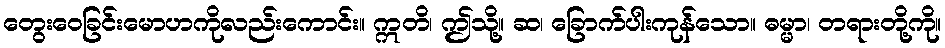
တွေးဝေခြင်းမောဟကိုလည်းကောင်း။ ဣတိ၊ ဤသို့။ ဆ၊ ခြောက်ပါးကုန်သော။ ဓမ္မာ၊ တရားတို့ကို။